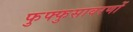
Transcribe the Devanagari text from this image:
फुफ्फुसावरणों